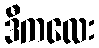
ဒီကလေး